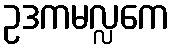
ဥဒကမလ္လကေ